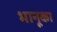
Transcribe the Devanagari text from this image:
भानूका